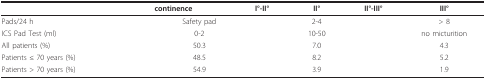
<table><thead><tr><td>[EMPTY_CELL]</td><td colspan="2"><b>continence</b></td><td><b>I°-II°</b></td><td><b>II°</b></td><td><b>II°-III°</b></td><td><b>III°</b></td></tr></thead><tbody><tr><td>Pads/24 h</td><td>[EMPTY_CELL]</td><td>Safety pad</td><td>[EMPTY_CELL]</td><td>2-4</td><td>[EMPTY_CELL]</td><td>&gt; 8</td></tr><tr><td>ICS Pad Test (ml)</td><td>[EMPTY_CELL]</td><td>0-2</td><td>[EMPTY_CELL]</td><td>10-50</td><td>[EMPTY_CELL]</td><td>no micturition</td></tr><tr><td>All patients (%)</td><td>[EMPTY_CELL]</td><td>50.3</td><td>[EMPTY_CELL]</td><td>7.0</td><td>[EMPTY_CELL]</td><td>4.3</td></tr><tr><td>Patients ≤ 70 years (%)</td><td>[EMPTY_CELL]</td><td>48.5</td><td>[EMPTY_CELL]</td><td>8.2</td><td>[EMPTY_CELL]</td><td>5.2</td></tr><tr><td>Patients &gt; 70 years (%)</td><td>[EMPTY_CELL]</td><td>54.9</td><td>[EMPTY_CELL]</td><td>3.9</td><td>[EMPTY_CELL]</td><td>1.9</td></tr></tbody></table>